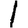
Digit: 1